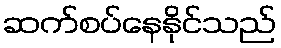
ဆက်စပ်နေနိုင်သည်